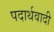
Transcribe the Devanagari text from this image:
पदार्थवादी